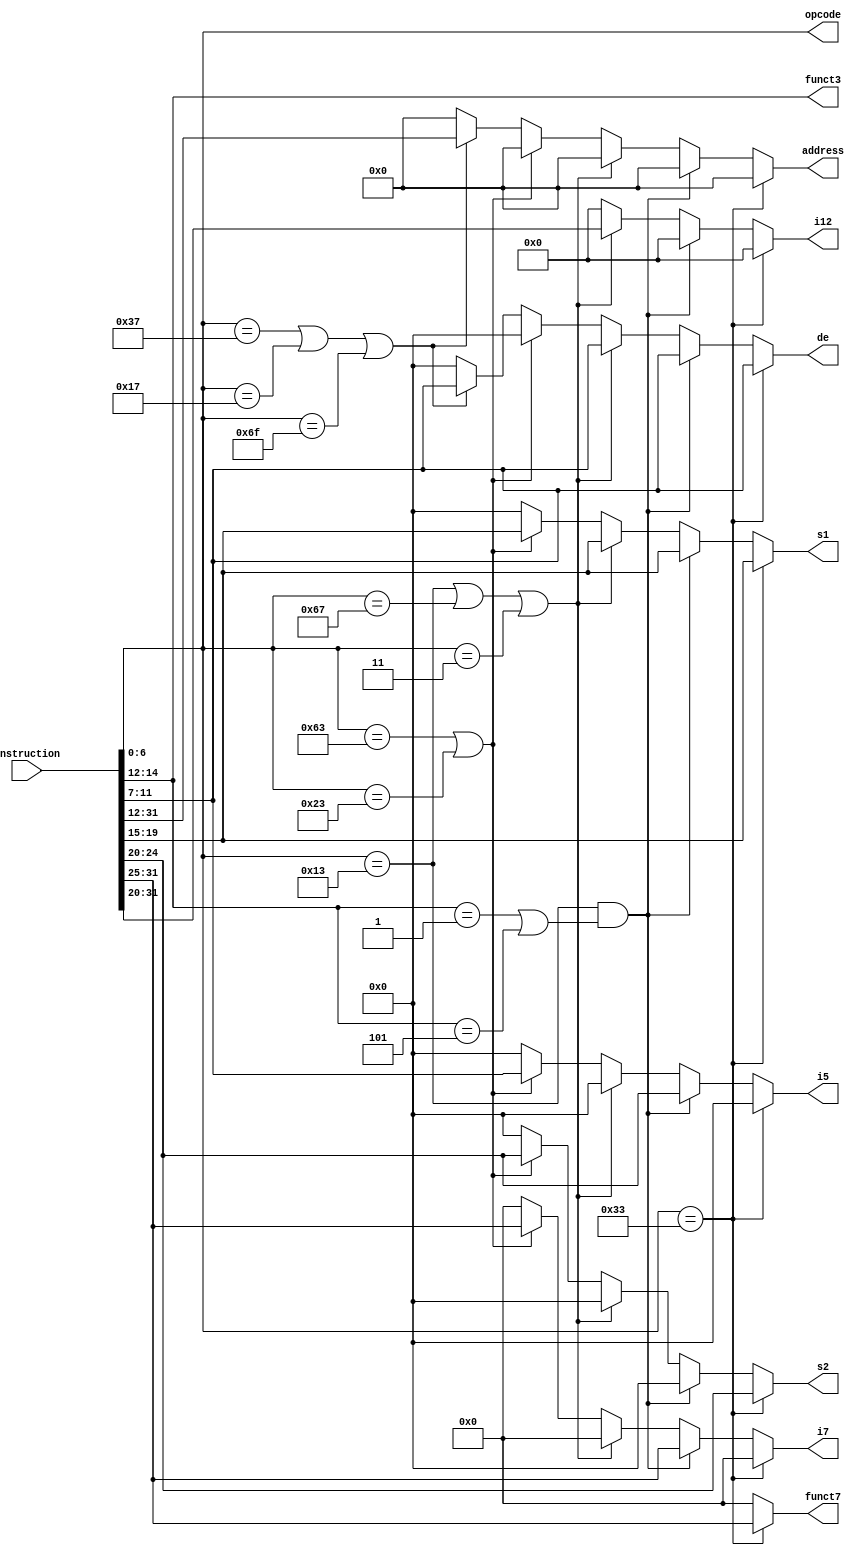
//Copyright MMXXI Lam Ha haln@miamioh.edu
module instruction_parser(
	output wire [6:0] opcode,
	output reg [4:0] s1,
	output reg [4:0] s2,
	output reg [4:0] de,
	output reg [4:0] i5,
	output reg [6:0] funct7,
	output reg [6:0] i7,
	output wire [2:0] funct3,
	output reg [11:0] i12,
	output reg [19:0] address,
	input [31:0] instruction
);
	assign opcode = instruction[6:0];
	assign funct3 = instruction[14:12];
	always @(*)
	begin
		// OP
		if(opcode == 7'b0110011) begin
			funct7 = instruction[31:25];
			s2 = instruction[24:20];
			s1 = instruction[19:15];
			de = instruction[11:7];
			i5 = 5'd0;
			i7 = 7'd0;
			i12 = 12'd0;
			address = 20'd0;
		end
		// OP-IMM : SLLI, SRLI, SRAI
		else if(opcode == 7'b0010011 & (funct3 == 3'b001 | funct3 == 3'b101)) begin
			i7 = instruction[31:25];
			i5 = instruction[24:20];
			s1 = instruction[19:15];
			de = instruction[11:7];
			s2 = 5'd0;
			funct7 = 7'd0;
			i12 = 12'd0;
			address = 20'd0;
		end
		// Rest of OP-IMM and JALR or lw
		else if (opcode == 7'b0010011 | opcode == 7'b1100111 || opcode == 7'b0000011) begin 
			i12 = instruction[31:20];
			s1 = instruction[19:15];
			de = instruction[11:7];
			s2 = 5'd0;
			i5 = 5'd0;
			funct7 = 7'd0;
			i7 = 7'd0;
			address = 20'd0;
		end
		//  Branch or sw
		else if(opcode == 7'b1100011 || opcode == 7'b0100011) begin
			i7 = instruction[31:25];
			s2 = instruction[24:20];
			s1 = instruction[19:15];
			i5 = instruction[11:7];
			de = 5'd0;
			funct7 = 7'd0;
			i12 = 12'd0;
			address = 20'd0;
		end
		// LUI or AUIPC or JAL
		else if((opcode == 7'b0110111)|(opcode == 7'b0010111)|(opcode == 7'b1101111)) begin
			address = instruction[31:12];
			de = instruction[11:7];
			s2 = 5'd0;
			s1 = 5'd0;
			i5 = 5'd0;
			funct7 = 7'd0;
			i7 = 7'd0;
			i12 = 12'd0;
		end
		else
		begin
			address = 20'd0;
			de = 5'd0;
			s2 = 5'd0;
			s1 = 5'd0;
			i5 = 5'd0;
			funct7 = 7'd0;
			i7 = 7'd0;
			i12 = 12'd0;
		end
	end	
endmodule